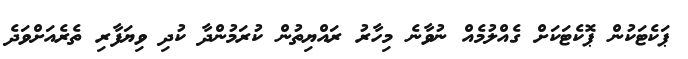
ޕަކެޓަކުން ޕޮކެޓަކަށް ގެއްލުމެއް ނުވާނެ މިހާރު ރައްޔިތުން ކުރަމުންދާ ކުދި ވިޔަފާރި ތެރެއަށްވަދެ